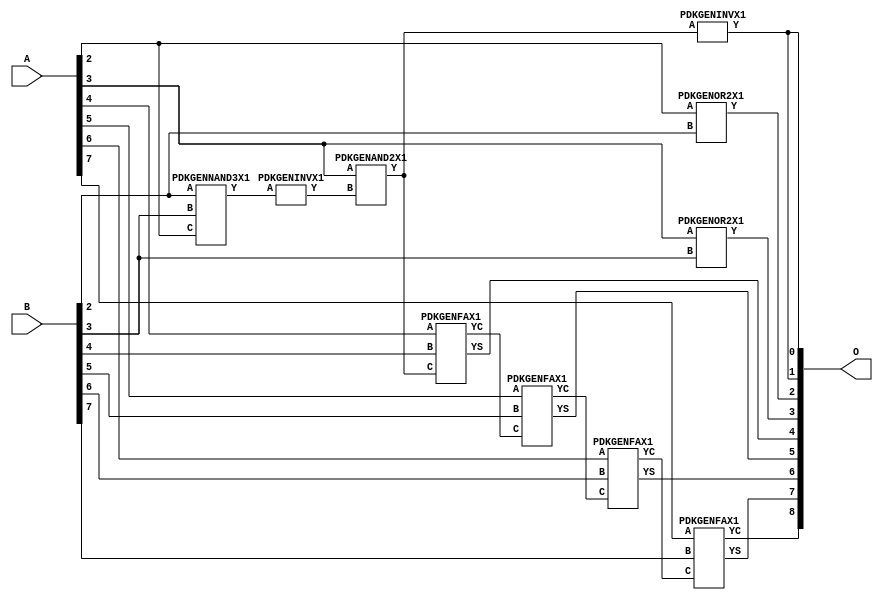
// Library = EvoApprox8b
// Circuit = add8_158
// Area   (180) = 644
// Delay  (180) = 1.160
// Power  (180) = 175.50
// Area   (45) = 48
// Delay  (45) = 0.440
// Power  (45) = 17.21
// Nodes = 10
// HD = 176512
// MAE = 3.04688
// MSE = 17.56250
// MRE = 1.60 %
// WCE = 11
// WCRE = 300 %
// EP = 84.8 %

module add8_158(A, B, O);
  input [7:0] A;
  input [7:0] B;
  output [8:0] O;
  wire [2031:0] N;

  assign N[0] = A[0];
  assign N[1] = A[0];
  assign N[2] = A[1];
  assign N[3] = A[1];
  assign N[4] = A[2];
  assign N[5] = A[2];
  assign N[6] = A[3];
  assign N[7] = A[3];
  assign N[8] = A[4];
  assign N[9] = A[4];
  assign N[10] = A[5];
  assign N[11] = A[5];
  assign N[12] = A[6];
  assign N[13] = A[6];
  assign N[14] = A[7];
  assign N[15] = A[7];
  assign N[16] = B[0];
  assign N[17] = B[0];
  assign N[18] = B[1];
  assign N[19] = B[1];
  assign N[20] = B[2];
  assign N[21] = B[2];
  assign N[22] = B[3];
  assign N[23] = B[3];
  assign N[24] = B[4];
  assign N[25] = B[4];
  assign N[26] = B[5];
  assign N[27] = B[5];
  assign N[28] = B[6];
  assign N[29] = B[6];
  assign N[30] = B[7];
  assign N[31] = B[7];

  PDKGENNAND3X1 n32(.A(N[20]), .B(N[22]), .C(N[4]), .Y(N[32]));
  assign N[33] = N[32];
  PDKGENINVX1 n48(.A(N[33]), .Y(N[48]));
  PDKGENAND2X1 n52(.A(N[6]), .B(N[48]), .Y(N[52]));
  assign N[53] = N[52];
  PDKGENINVX1 n126(.A(N[53]), .Y(N[126]));
  assign N[127] = N[126];
  PDKGENOR2X1 n132(.A(N[4]), .B(N[20]), .Y(N[132]));
  PDKGENOR2X1 n182(.A(N[6]), .B(N[22]), .Y(N[182]));
  PDKGENFAX1 n232(.A(N[8]), .B(N[24]), .C(N[52]), .YS(N[232]), .YC(N[233]));
  PDKGENFAX1 n282(.A(N[10]), .B(N[26]), .C(N[233]), .YS(N[282]), .YC(N[283]));
  PDKGENFAX1 n332(.A(N[12]), .B(N[28]), .C(N[283]), .YS(N[332]), .YC(N[333]));
  PDKGENFAX1 n382(.A(N[14]), .B(N[30]), .C(N[333]), .YS(N[382]), .YC(N[383]));

  assign O[0] = N[127];
  assign O[1] = N[126];
  assign O[2] = N[132];
  assign O[3] = N[182];
  assign O[4] = N[232];
  assign O[5] = N[282];
  assign O[6] = N[332];
  assign O[7] = N[382];
  assign O[8] = N[383];

endmodule
/* mod */
module PDKGENFAX1( input A, input B, input C, output YS, output YC );
    assign YS = (A ^ B) ^ C;
    assign YC = (A & B) | (B & C) | (A & C);
endmodule
/* mod */
module PDKGENOR2X1(input A, input B, output Y );
     assign Y = A | B;
endmodule
/* mod */
module PDKGENAND2X1(input A, input B, output Y );
     assign Y = A & B;
endmodule
/* mod */
module PDKGENINVX1(input A, output Y );
     assign Y = ~A;
endmodule
/* mod */
module PDKGENNAND3X1(input A, input B, input C, output Y );
     assign Y = ~((A & B) & C);
endmodule